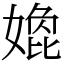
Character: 嫓